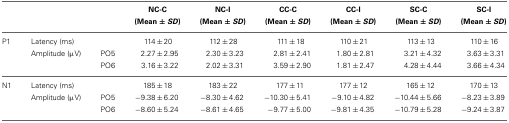
<table><thead><tr><td></td><td></td><td></td><td><b>NC-C (Mean ± <i>SD</i>)</b></td><td><b>NC-I (Mean ± <i>SD</i>)</b></td><td><b>CC-C (Mean ± <i>SD</i>)</b></td><td><b>CC-I (Mean ± <i>SD</i>)</b></td><td><b>SC-C (Mean ± <i>SD</i>)</b></td><td><b>SC-I (Mean ± <i>SD</i></b></td></tr></thead><tbody><tr><td>P1</td><td>Latency (ms)</td><td></td><td>114 ± 20</td><td>112 ± 28</td><td>111 ± 18</td><td>110 ± 21</td><td>113 ± 13</td><td>110 ± 16</td></tr><tr><td></td><td>Amplitude (μV)</td><td>PO5</td><td>2.27 ± 2.95</td><td>2.30 ± 3.23</td><td>2.81 ± 2.41</td><td>1.80 ± 2.81</td><td>3.21 ± 4.32</td><td>3.63 ± 3.31</td></tr><tr><td></td><td></td><td>PO6</td><td>3.16 ± 3.22</td><td>2.02 ± 3.31</td><td>3.59 ± 2.90</td><td>1.81 ± 2.47</td><td>4.28 ± 4.44</td><td>3.66 ± 4.34</td></tr><tr><td>N1</td><td>Latency (ms)</td><td></td><td>185 ± 18</td><td>183 ± 22</td><td>177 ± 11</td><td>177 ± 12</td><td>165 ± 12</td><td>170 ± 13</td></tr><tr><td></td><td>Amplitude (μV)</td><td>PO5</td><td>−9.38 ± 6.20</td><td>−8.30 ± 4.62</td><td>−10.30 ± 5.41</td><td>−9.10 ± 4.82</td><td>−10.44 ± 5.66</td><td>−8.23 ± 3.89</td></tr><tr><td></td><td></td><td>PO6</td><td>−8.60 ± 5.24</td><td>−8.61 ± 4.65</td><td>−9.77 ± 5.00</td><td>−9.81 ± 4.35</td><td>−10.79 ± 5.28</td><td>−9.24 ± 3.87</td></tr></tbody></table>